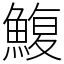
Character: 鰒